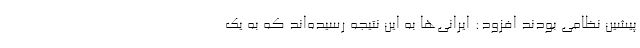
پیشین نظامی بودند افزود: ایرانی‌ها به این نتیجه رسیده‌اند که به یک